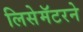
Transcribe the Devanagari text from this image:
लिसेमॅटरने